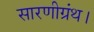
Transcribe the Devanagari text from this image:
सारणीग्रंथ।